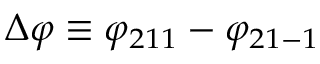
\Delta \varphi \equiv \varphi _ { 2 1 1 } - \varphi _ { 2 1 - 1 }